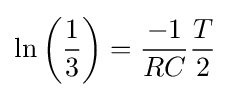
\ln \left({\frac {1}{3}}\right)={\frac {-1}{RC}}{\frac {T}{2}}